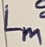
Text: Lm